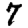
Digit: 7